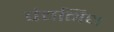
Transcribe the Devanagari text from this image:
पंचनिध